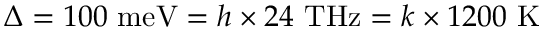
\Delta = 1 0 0 ~ \mathrm { m e V } = h \times 2 4 ~ \mathrm { T H z } = k \times 1 2 0 0 ~ \mathrm { K }